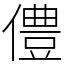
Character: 僼